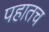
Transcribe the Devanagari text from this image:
पहातच